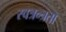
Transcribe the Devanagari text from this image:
स्वत्रन्त्रता